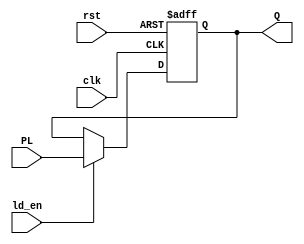
`timescale 1ns/1ns
module Register_7bit(clk,rst,ld_en, PL, Q);
    input clk,rst,ld_en;
    input [6:0] PL;
    output reg [6:0] Q;

    always @(posedge clk, posedge rst) begin
        if(rst) Q <= 7'd0;
        else if(ld_en) Q <= PL;
    end
endmodule